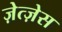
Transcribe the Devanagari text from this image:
ज़ेत्ज़ेस